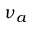
\nu _ { a }